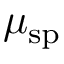
\mu _ { \mathrm { s p } }